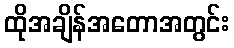
ထိုအချိန်အတောအတွင်း